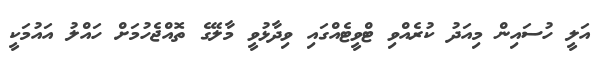
އަލީ ހުސައިން މިއަދު ކުރެއްވި ޓްވީޓެއްގައި ވިދާޅުވީ މާލޭގެ ތޮއްޖެހުމަށް ހައްލު އައުމަކީ